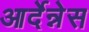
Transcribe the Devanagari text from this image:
आर्देन्नेस